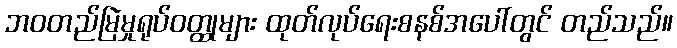
ဘဝတည်မြဲမှုရုပ်ဝတ္ထုများ ထုတ်လုပ်ရေးစနစ်အပေါ်တွင် တည်သည်။